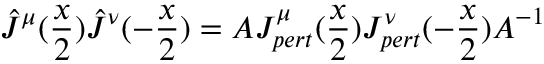
{ \hat { J } } ^ { \mu } ( \frac { x } { 2 } ) { \hat { J } } ^ { \nu } ( - \frac { x } { 2 } ) = A J _ { p e r t } ^ { \mu } ( \frac { x } { 2 } ) J _ { p e r t } ^ { \nu } ( - \frac { x } { 2 } ) A ^ { - 1 }